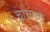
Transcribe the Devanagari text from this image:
चाच्याचे